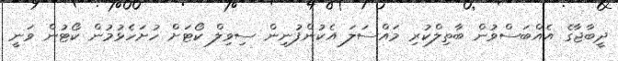
ދީބާޖާގެ އެއްބަސްވުން ބާތިލްްކުރި މައްސަލަ އެކުންފުނިން ސިވިލް ކޯޓަށް ހުށަހެޅުމުން ކޯޓުން ވަނީ